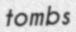
tombs